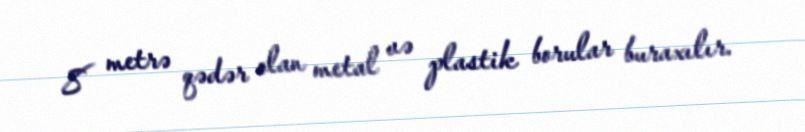
8 metrə qədər olan metal və plastik borular buraxılır.